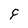
Character: F